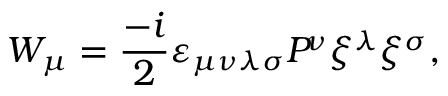
W _ { \mu } = \frac { - i } { 2 } \varepsilon _ { \mu \nu \lambda \sigma } { \cal P } { \! } ^ { \nu } \xi ^ { \lambda } \xi ^ { \sigma } ,